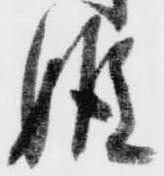
姫